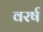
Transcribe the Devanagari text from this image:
वरर्ष